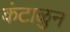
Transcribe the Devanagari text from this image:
कंटाळुन